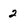
Character: 2